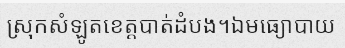
ស្រុកសំឡូតខេត្តបាត់ដំបង។ឯមធ្យោបាយ